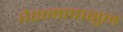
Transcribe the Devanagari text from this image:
रेशमापासुन